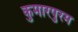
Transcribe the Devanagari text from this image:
कुमारपुरम